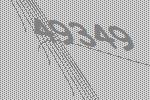
49349